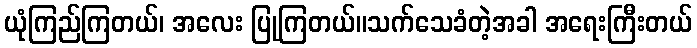
ယုံကြည်ကြတယ်၊ အလေး ပြုကြတယ်။သက်သေခံတဲ့အခါ အရေးကြီးတယ်